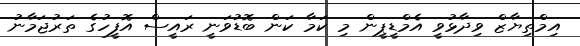
އިމްތިޔާޒް ވިދާޅުވީ އެމްޑީޕީން މި ކަމާ ކަން ބޮޑުވަނީ ރައީސް އޮފީހުގެ ތަރުޖަމާނު